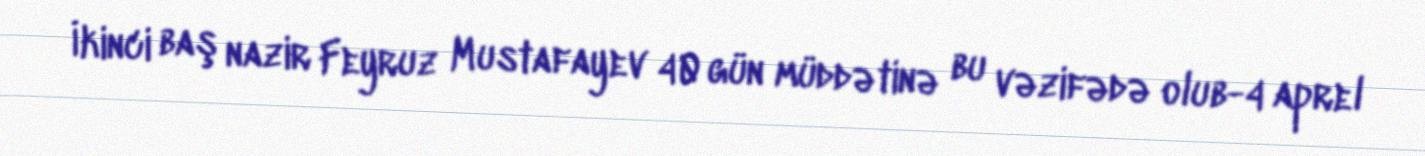
İkinci baş nazir Feyruz Mustafayev 40 gün müddətinə bu vəzifədə olub-4 aprel